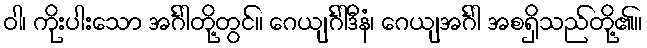
ဝါ၊ ကိုးပါးသော အင်္ဂါတို့တွင်။ ဂေယျင်္ဂါဒီနံ၊ ဂေယျအင်္ဂါ အစရှိသည်တို့၏။